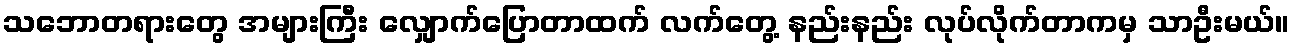
သဘောတရားတွေ အများကြီး လျှောက်ပြောတာထက် လက်တွေ့ နည်းနည်း လုပ်လိုက်တာကမှ သာဦးမယ်။